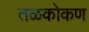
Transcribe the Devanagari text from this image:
तळकोकण